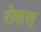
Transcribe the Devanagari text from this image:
रोषास